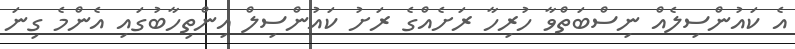
އެ ކައުންސިލެއް ނިސްބަތްވާ ހުރިހާ ރަށެއްގެ ރަށު ކައުންސިލް އިންތިހާބުގައި އެންމެ ގިނަ